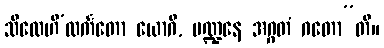
သီလေဟိ’လင်္ကတော ယောဂီ, မဏ္ဍနေ အဂ္ဂတံ ဂတော”တိ။